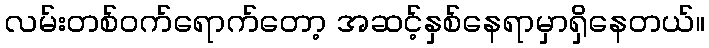
လမ်းတစ်ဝက်ရောက်တော့ အဆင့်နှစ်နေရာမှာရှိနေတယ်။